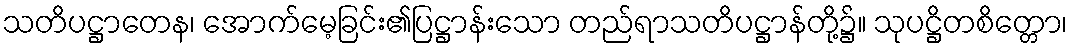
သတိပဋ္ဌာတေန၊ အောက်မေ့ခြင်း၏ပြဋ္ဌာန်းသော တည်ရာသတိပဋ္ဌာန်တို့၌။ သုပဋ္ဌိတစိတ္တော၊